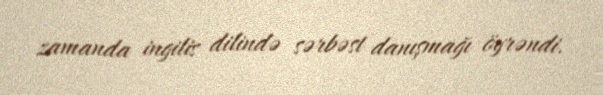
zamanda ingilis dilində sərbəst danışmağı öyrəndi.